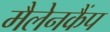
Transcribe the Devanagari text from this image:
मैलेनकैंप